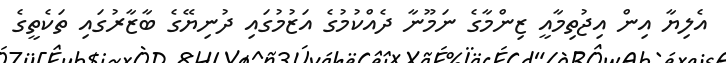
އެލިޔާ އިން އިޖުތިމާއީ ޒިންމާގެ ނަމޫނާ ދެއްކުމުގެ އަޒުމުގައި ދުނިޔޭގެ ބާޒާރުގައި ތަކެތީގެ